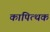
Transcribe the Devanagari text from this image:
कापित्थक